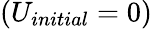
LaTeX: (U_{initial}=0)